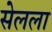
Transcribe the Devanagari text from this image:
सेलला